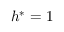
h ^ { \ast } = 1